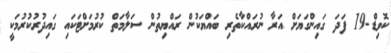
ކޮވިޑް-19 ފަދަ ގައިންގަޔަށް އަރާ ނުރައްކާތެރި ބައްޔަކުން ރައްޔިތުން ސަލާމަތް ކުރުމަށްޓަކައި ގައިދުރުކުރުމަކީ